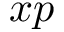
x p